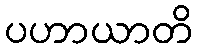
ပဟာယာတိ